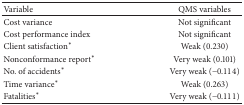
<table><thead><tr><td><b>Variable </b></td><td><b>QMS variables</b></td></tr></thead><tbody><tr><td>Cost variance</td><td>Not significant</td></tr><tr><td>Cost performance index</td><td>Not significant</td></tr><tr><td>Client satisfaction*</td><td>Weak (0.230)</td></tr><tr><td>Nonconformance report*</td><td>Very weak (0.101)</td></tr><tr><td>No. of accidents*</td><td>Very weak (−0.114)</td></tr><tr><td>Time variance*</td><td>Weak (0.263)</td></tr><tr><td>Fatalities*</td><td>Very weak (−0.111)</td></tr></tbody></table>